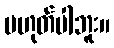
မဟုတ်ပါဘူး။